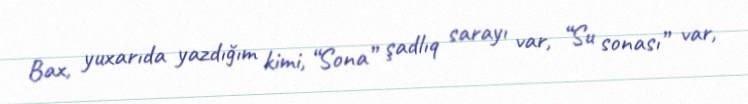
Bax, yuxarıda yazdığım kimi, “Sona” şadlıq sarayı var, “Su sonası” var,